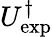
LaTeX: U_{\exp}^{\dagger}